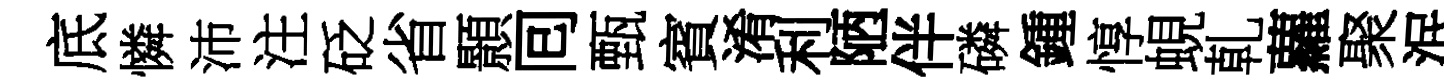
底憐沛注砭省顥囘甄賓淆利陋伴磷鍾惇蜆乹蘿聚泯